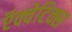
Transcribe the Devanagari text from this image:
ऍक्वेटिक्स